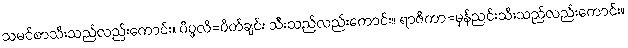
သမင်စာသီးသည်လည်းကောင်း။ ပိပ္ဖလိ=ပိတ်ချင်း သီးသည်လည်းကောင်း။ ရာဇိကာ=မုန်ညင်းသီးသည်လည်းကောင်း။